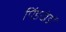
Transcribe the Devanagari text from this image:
पिंडखंडों